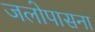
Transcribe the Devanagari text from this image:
जलोपासना